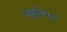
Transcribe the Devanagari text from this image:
ज्यूलिएट